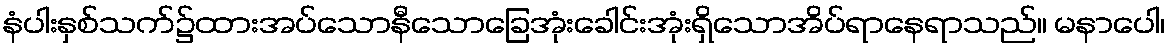
နံပါးနှစ်သက်၌ထားအပ်သောနီသောခြေအုံးခေါင်းအုံးရှိသောအိပ်ရာနေရာသည်။ မနာပေါ၊